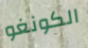
الكونغو